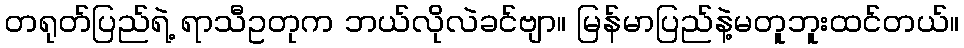
တရုတ်ပြည်ရဲ့ ရာသီဥတုက ဘယ်လိုလဲခင်ဗျာ။ မြန်မာပြည်နဲ့မတူဘူးထင်တယ်။